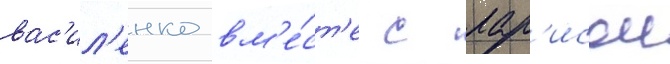
вас'ил'енко вм'е́ст'е с лар'исои